Report on vaccination in Madras 1922-1929 - 1922-1929
Year: 1922
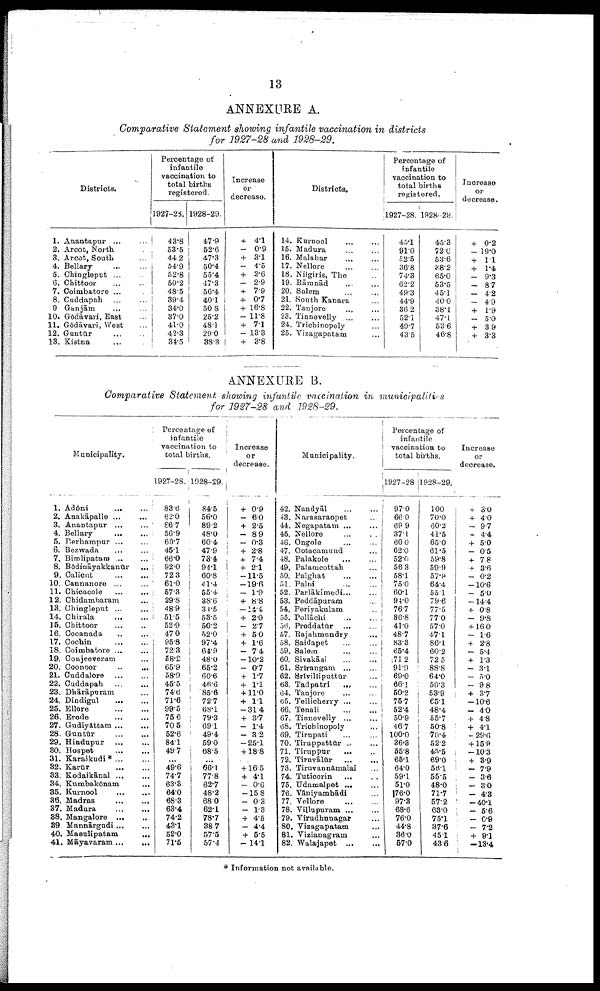
13
ANNEXURE A.
Comparative Statement showing infantile vaccination in districts
for 1927-28 and 1928-29.
Districts.
1.
2.
3.
4.
5.
6.
7.
8.
9
10.
11.
12.
13.
Anantapur ... ...
Arcot, North ...
Arcot, South ...
Bellary ... ...
Chingleput ... ...
Chittoor ... ...
Coimbatore ... ...
Cuddapah ... ...
Ganjām
... ...
Gōdāvari, East ...
Gōdāvari, West ...
Guntūr
...
...
Kistna ... ...
Percentage of
infantile
vaccination to
total births
registered.
1927-28.
43.8
53.5
44.2
54.9
52.8
50.2
48.5
39.4
34.0
37.0
41.0
42.3
34.5
1928-29.
47.9
52.6
47.3
50.4
55.4
47.3
56.4
40.1
50.8
25.2
48.1
29.0
38.3
Increase
or
decrease.
+ 4.1
— 0.9
+ 31
— 4.5
+ 2.6
— 2.9
+ 7.9
+ 0.7
+ 16.8
— 11.8
+ 7.1
— 13.3
+ 3.8
Districts.
14.
15.
16.
17.
18.
19.
20.
21.
22.
23.
24.
25.
Kurnool ... ...
Madura ... ...
Malabar ... ...
Nellore ... ...
Nilgiris, The ...
Rāmnād ... ...
Salem ... ...
South Kanara ...
Tanjore ... ...
Tinnevelly ... ...
Trichinopoly ...
Vizagapatam ...
Percentage of
infantile
vaccination to
total births
registered.
1927-28.
45.1
91.0
52.5
36.8
74.3
62.2
49.3
44.9
36.2
52.1
49.7
43.5
1928-29.
45.3
72.0
53.6
38.2
65.0
53.5
45.1
40.0
38.1
47.1
53.6
46.8
Increase
or
decrease.
+ 0.2
— 19.0
+ 1.1
+ 1.4
— 9.3
— 8.7
— 4.2
— 4.9
+ 1.9
— 5.0
+ 3.9
+ 3.3
ANNEXURE B.
Comparative Statement showing infantile vaccination in municipalities
for 1927-28 and 1928-29.
Municipality.
1.
2.
3.
4.
5.
6.
7.
8.
9.
10.
11.
12.
13.
14.
15.
16.
17.
18.
19.
20.
21.
22.
23.
24.
25.
26.
27.
28.
29.
30.
31.
32.
33.
34.
35.
36.
37.
38.
39
40.
41
Adōni
... ...
Anakāpalle ... ...
Anantapur ... ...
Bellary
...
...
Berhampur
...
...
Bezwada ... ...
Bimlipatam ... ...
Bōdināyakkanūr
...
Calicut ... ...
Cannanore ... ...
Chicacole ... ...
Chidambaram ...
Chingleput ... ...
Chirala
...
...
Chittoor ... ...
Cocanada
...
...
Cochin
......
Coīmbatore ... ...
Conjeeveram ...
Coonoor
...
...
Cuddalore
...
...
Cuddapah
...
...
Dhārāpuram ...
Dindigul
...
...
Ellore
...
...
Erode
...
...
Gudiyāttam
...
...
Guntūr
...
...
Hindupur ... ...
Hospet ... ...
Karaikudi* ... ...
Karūr
...
...
Kodaikānal ... ...
Kumbakōnam
...
Kurnool
...
...
Madras ... ...
Madura
...
...
Mangalore
...
...
Mannārgudi ... ...
Masulipatam
...
Māyavaram ...
...
Percentage of
infantile
vaccination to
total births.
1927-28.
83.6
62.0
86.7
56.9
60.7
45.1
66.0
92.0
72.3
61.0
57.3
29.8
48.9
51.5
52.9
47.0
95.8
72.3
58.2
65.9
58.9
45.5
74.6
71.6
99.5
75.6
70.5
52.6
84.1
49.7
...
49.6
74.7
63.3
64.0
68.3
63.4
74.2
43.1
52.0
71.5
1928-29.
84.5
56.0
89.2
48.0
60.4
47.9
73.4
94.1
60.8
41.4
55.4
38.6
31.5
53.5
50.2
52.0
97.4
64.9
48.0
65.2
60.6
46.6
85.6
72.7
68.1
79.3
69.1
49.4
59.0
68.5
...
66.1
77.8
62.7
48.2
68.0
62.1
78.7
38.7
57.5
57.4
Increase
or
decrease.
+ 0.9
— 60
+ 2.5
— 8.9
— 0.3
+ 2.8
+ 7.4
+ 2.1
—11.5
—19.6
— 1.9
+ 8.8
—14.4
+ 2.0
— 2.7
+ 5.0
+ 1.6
— 7.4
—10.2
— 0.7
+ 1.7
+ 1.1
+ 11.0
+ 1.1
—31.4
+ 3.7
— 1.4
— 3.2
—25.1
+ 18.8
...
+ 16.5
+ 4.1
— 0.6
—15.8
— 0.3
— 1.3
+ 4.5
— 4.4
+ 5.5
—14.1
Municipality.
42.
43.
44.
45.
46.
47.
48.
49.
50.
51.
52.
53.
54.
55.
56.
57.
58.
59.
60.
61.
62.
63.
64.
65.
66.
67.
68.
69.
70.
71.
72.
73.
74.
75.
76.
77.
78.
79.
80.
81.
82.
Nandyāl
...
...
Narasaraopet ...
Negapatam ... ...
Nellore ... ...
Ongole ... ...
Ootacamund ...
Palakole
...
...
Palamcottah
...
Palghat
...
...
Palni
...
...
Parlākimedi... ...
Peddāpuram ...
Periyakulam ...
Pollāchi
...
...
Proddatūr
...
...
Rajahmundry ...
Saidapet ... ...
Salem ... ...
Sivakāsi ... ...
Srīrangam
...
...
Srīvilliputtūr ...
Tadpatri
... ...
Tanjore ... ...
Tellicherry
...
...
Tenali
...
...
Tinnevelly
...
...
Trichinopoly ...
Tirupati ... ...
Tiruppattūr ... ...
Tiruppur
...
...
Tiruvālūr
...
...
Tiruvannāmalai ...
Tuticorin
... ...
Udamalpet ... ...
Vāniyambādi ...
Vellore ... ...
Villupuram
...
...
Virudhunagar ...
Vizagapatam ...
Vizianagram ...
Walajapet ... ...
Percentage of
infantile
vaccination to
total births.
1927-28
97.0
66.0
69.9
37.1
60.0
62.0
52.0
56.3
58.1
75.0
60.1
94.0
76.7
86.8
41.0
48.7
83.3
65.4
71.2
91.9
69.0
66.1
50.2
75.7
52.4
50.9
46.7
100.0
36.3
55.8
65.1
64.0
59.1
51.0
76.0
97.3
68.6
76.0
44.8
36.0
57.0
1928-29.
100
70.0
60.2
41.5
65.0
61.5
59.8
59.9
57.9
64.4
55.1
79.6
77.5
77.0
57.0
47.1
86.1
60.2
72.5
88.8
64.0
56.3
53.9
65.1
48.4
55.7
50.8
70.4
52.2
45.5
69.0
56.1
55.5
48.0
71.7
57.2
63.0
75.1
37.6
45.1
43.6
Increase
or
decrease.
+ 3.0
+ 4.0
— 9.7
— 4.4
+ 5.0
— 0.5
+ 7.8
+ 3.6
— 0.2
—10.6
— 5.0
—14.4
+ 0.8
— 9.8
+ 16.0
— 1.6
+ 2.8
— 5.4
+ 1.3
— 3.1
— 5.0
— 9.8
+ 3.7
—10.6
— 4.0
+ 4.8
+ 4.1
— 29.6
+ 15.9
—10.3
+ 3.9
— 7.9
— 3.6
— 3.0
— 4.3
—40.1
— 5.6
— 0.9
— 7.2
+ 9.1
—13.4
* Information not available.